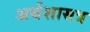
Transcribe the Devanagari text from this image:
अर्थशासत्र